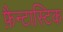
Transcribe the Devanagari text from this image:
फ़ैन्टास्टिक